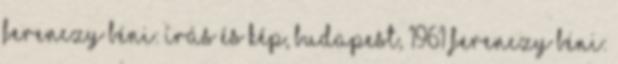
Ferenczy Béni: Írás és kép, Budapest, 1961 Ferenczy Béni: